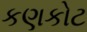
કણકોટ